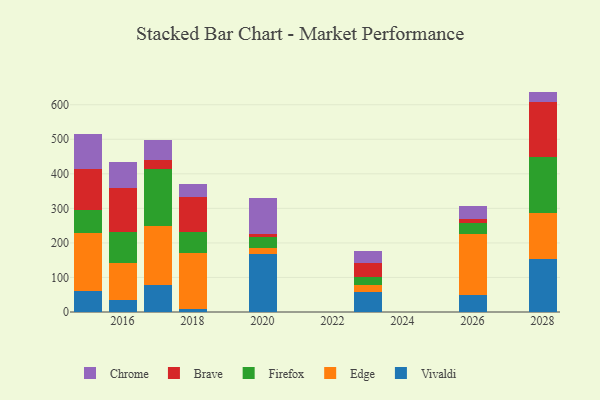
{"axis": {"x": "Year", "y": "Humidity (%)"}, "legend": ["Brave", "Chrome", "Edge", "Firefox", "Vivaldi"], "data": [{"x": "2028", "y": 152.8, "type": "Vivaldi"}, {"x": "2028", "y": 134.3, "type": "Edge"}, {"x": "2028", "y": 160.3, "type": "Firefox"}, {"x": "2028", "y": 159.9, "type": "Brave"}, {"x": "2028", "y": 30.7, "type": "Chrome"}, {"x": "2015", "y": 59.8, "type": "Vivaldi"}, {"x": "2015", "y": 167.6, "type": "Edge"}, {"x": "2015", "y": 69.2, "type": "Firefox"}, {"x": "2015", "y": 117.5, "type": "Brave"}, {"x": "2015", "y": 100.4, "type": "Chrome"}, {"x": "2018", "y": 8.1, "type": "Vivaldi"}, {"x": "2018", "y": 162.4, "type": "Edge"}, {"x": "2018", "y": 61.1, "type": "Firefox"}, {"x": "2018", "y": 101.5, "type": "Brave"}, {"x": "2018", "y": 37.9, "type": "Chrome"}, {"x": "2016", "y": 36.1, "type": "Vivaldi"}, {"x": "2016", "y": 106.0, "type": "Edge"}, {"x": "2016", "y": 88.2, "type": "Firefox"}, {"x": "2016", "y": 128.1, "type": "Brave"}, {"x": "2016", "y": 76.1, "type": "Chrome"}, {"x": "2017", "y": 77.0, "type": "Vivaldi"}, {"x": "2017", "y": 172.3, "type": "Edge"}, {"x": "2017", "y": 165.3, "type": "Firefox"}, {"x": "2017", "y": 26.6, "type": "Brave"}, {"x": "2017", "y": 55.3, "type": "Chrome"}, {"x": "2020", "y": 166.7, "type": "Vivaldi"}, {"x": "2020", "y": 19.1, "type": "Edge"}, {"x": "2020", "y": 32.2, "type": "Firefox"}, {"x": "2020", "y": 7.8, "type": "Brave"}, {"x": "2020", "y": 104.3, "type": "Chrome"}, {"x": "2023", "y": 57.1, "type": "Vivaldi"}, {"x": "2023", "y": 22.0, "type": "Edge"}, {"x": "2023", "y": 21.2, "type": "Firefox"}, {"x": "2023", "y": 42.1, "type": "Brave"}, {"x": "2023", "y": 35.2, "type": "Chrome"}, {"x": "2026", "y": 48.1, "type": "Vivaldi"}, {"x": "2026", "y": 178.0, "type": "Edge"}, {"x": "2026", "y": 30.2, "type": "Firefox"}, {"x": "2026", "y": 12.6, "type": "Brave"}, {"x": "2026", "y": 38.2, "type": "Chrome"}]}